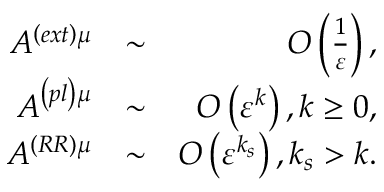
\begin{array} { r l r } { A ^ { \left( e x t \right) \mu } } & { \sim } & { O \left( \frac { 1 } { \varepsilon } \right) , } \\ { A ^ { \left( p l \right) \mu } } & { \sim } & { O \left( \varepsilon ^ { k } \right) , k \geq 0 , } \\ { A ^ { \left( R R \right) \mu } } & { \sim } & { O \left( \varepsilon ^ { k _ { s } } \right) , k _ { s } > k . } \end{array}